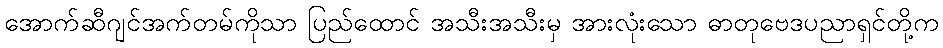
အောက်ဆီဂျင်အက်တမ်ကိုသာ ပြည်ထောင် အသီးအသီးမှ အားလုံးသော ဓာတုဗေဒပညာရှင်တို့က